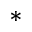
^ *